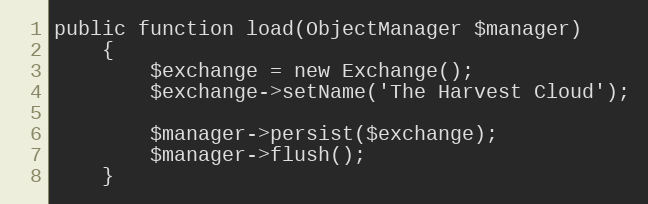
Language: PHP
public function load(ObjectManager $manager)
    {
        $exchange = new Exchange();
        $exchange->setName('The Harvest Cloud');

        $manager->persist($exchange);
        $manager->flush();
    }